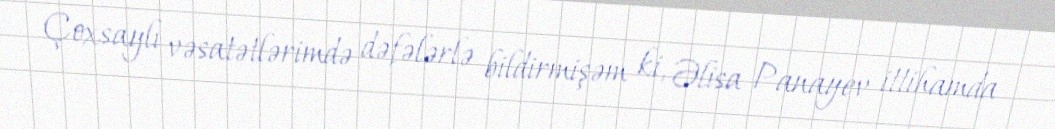
Çoxsaylı vəsatətlərimdə dəfələrlə bildirmişəm ki, Əlisa Panayev ittihamda